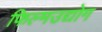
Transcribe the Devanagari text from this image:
फिल्मउद्योग